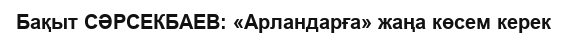
Бақыт СӘРСЕКБАЕВ: «Арландарға» жаңа көсем керек